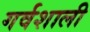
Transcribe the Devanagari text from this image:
गर्वशाली